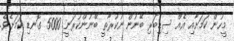
މީހުން ކަމަށާއި އެއް ސިޑިބަރި ބޭނުން ނުކުރާތީ ބޭނުންކުރަނީ 5000 ގޮނޑި ކަމަށެވެ.